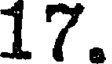
17.